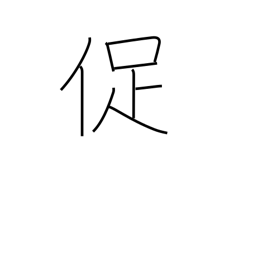
Meaning: urge